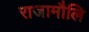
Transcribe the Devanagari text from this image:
राजामौलि